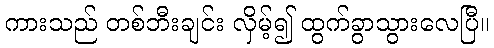
ကားသည် တစ်ဘီးချင်း လှိမ့်၍ ထွက်ခွာသွားလေပြီ။